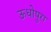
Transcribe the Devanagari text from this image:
ऊधोपुरा